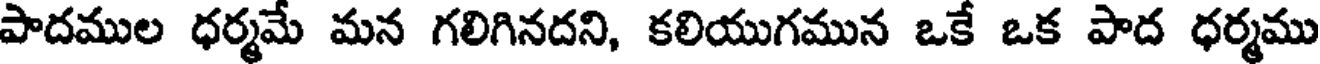
పాదముల ధర్మమే మన గలిగినదని, కలియుగమున ఒకే ఒక పాద ధర్మము